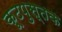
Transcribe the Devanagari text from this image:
कूटपुस्तक